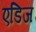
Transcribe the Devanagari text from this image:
एडिज